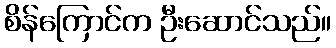
စိန်ကြောင်က ဦးဆောင်သည်။